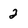
Character: 2